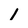
Character: 1